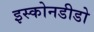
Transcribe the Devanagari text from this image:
इस्कोनडीडो